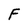
Character: F